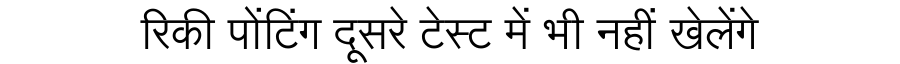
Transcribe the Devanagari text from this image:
रिकी पोंटिंग दूसरे टेस्ट में भी नहीं खेलेंगे